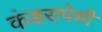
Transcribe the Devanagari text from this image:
कंडरापेशी